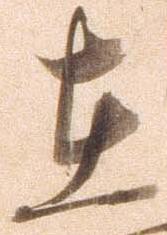
在